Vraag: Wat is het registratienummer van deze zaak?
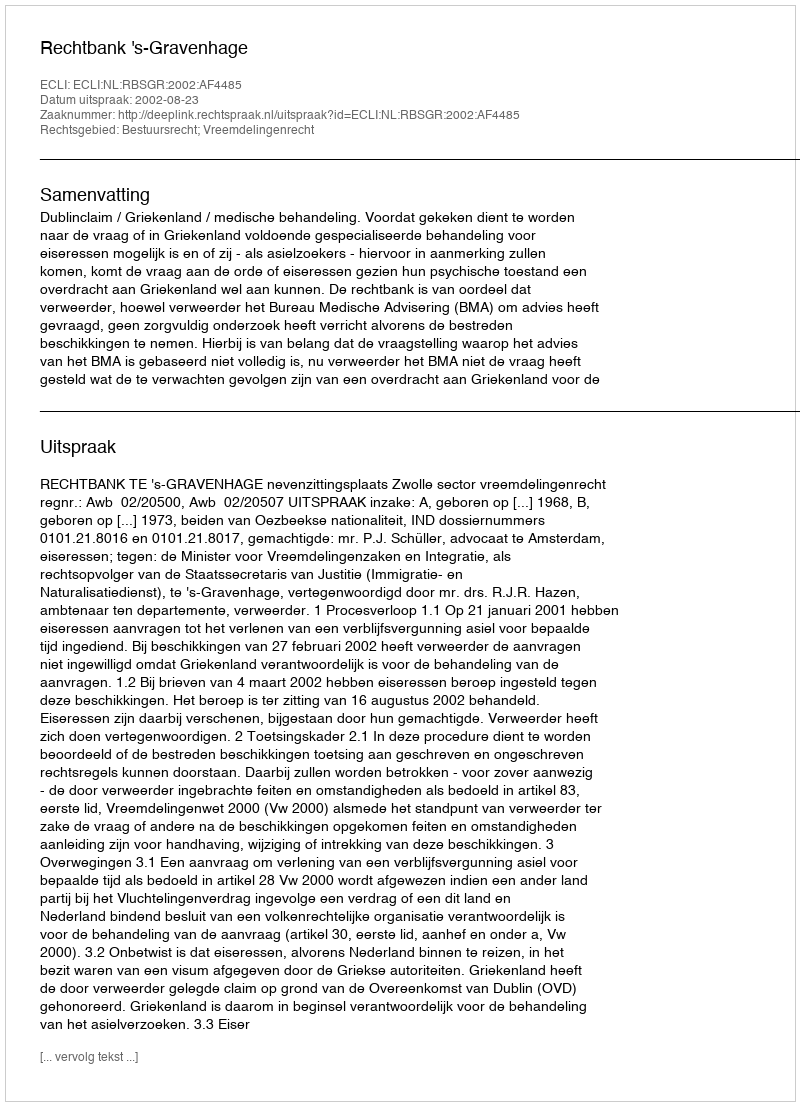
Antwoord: http://deeplink.rechtspraak.nl/uitspraak?id=ECLI:NL:RBSGR:2002:AF4485